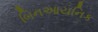
બિનઆયનિક